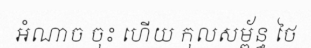
អំណាច ចុះ ហើយ កុលសម្ព័ន្ធ ថៃ